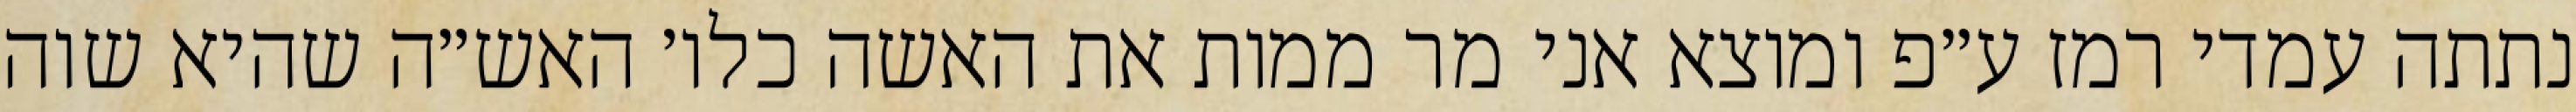
נתתה עמדי רמז ע״פ ומוצא אני מר ממות את האשה כלו׳ האש״ה שהיא שוה